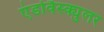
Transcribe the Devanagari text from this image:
एंडोवैस्क्युलर